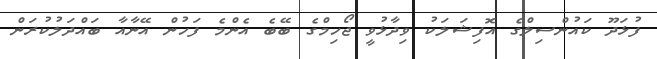
ފުޅަދޫ ކައުންސިލްގެ އޮފިޝަލަކު ވިދާޅުވީ ޖޯހިމްގެ ބޭބެ އެންމެ ފަހުން އޭނާއާ ބައްދަލުކުރަން